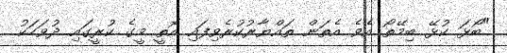
"ބޯޅަ ކުޅޭ ބިމޭތޯ އެވެ އެތަން ތައްޔާރުކުރެވިފައި އޮތީ މީގެ ކުރީގައި ދުވަހަކު